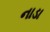
નાડા